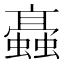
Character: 𧓚